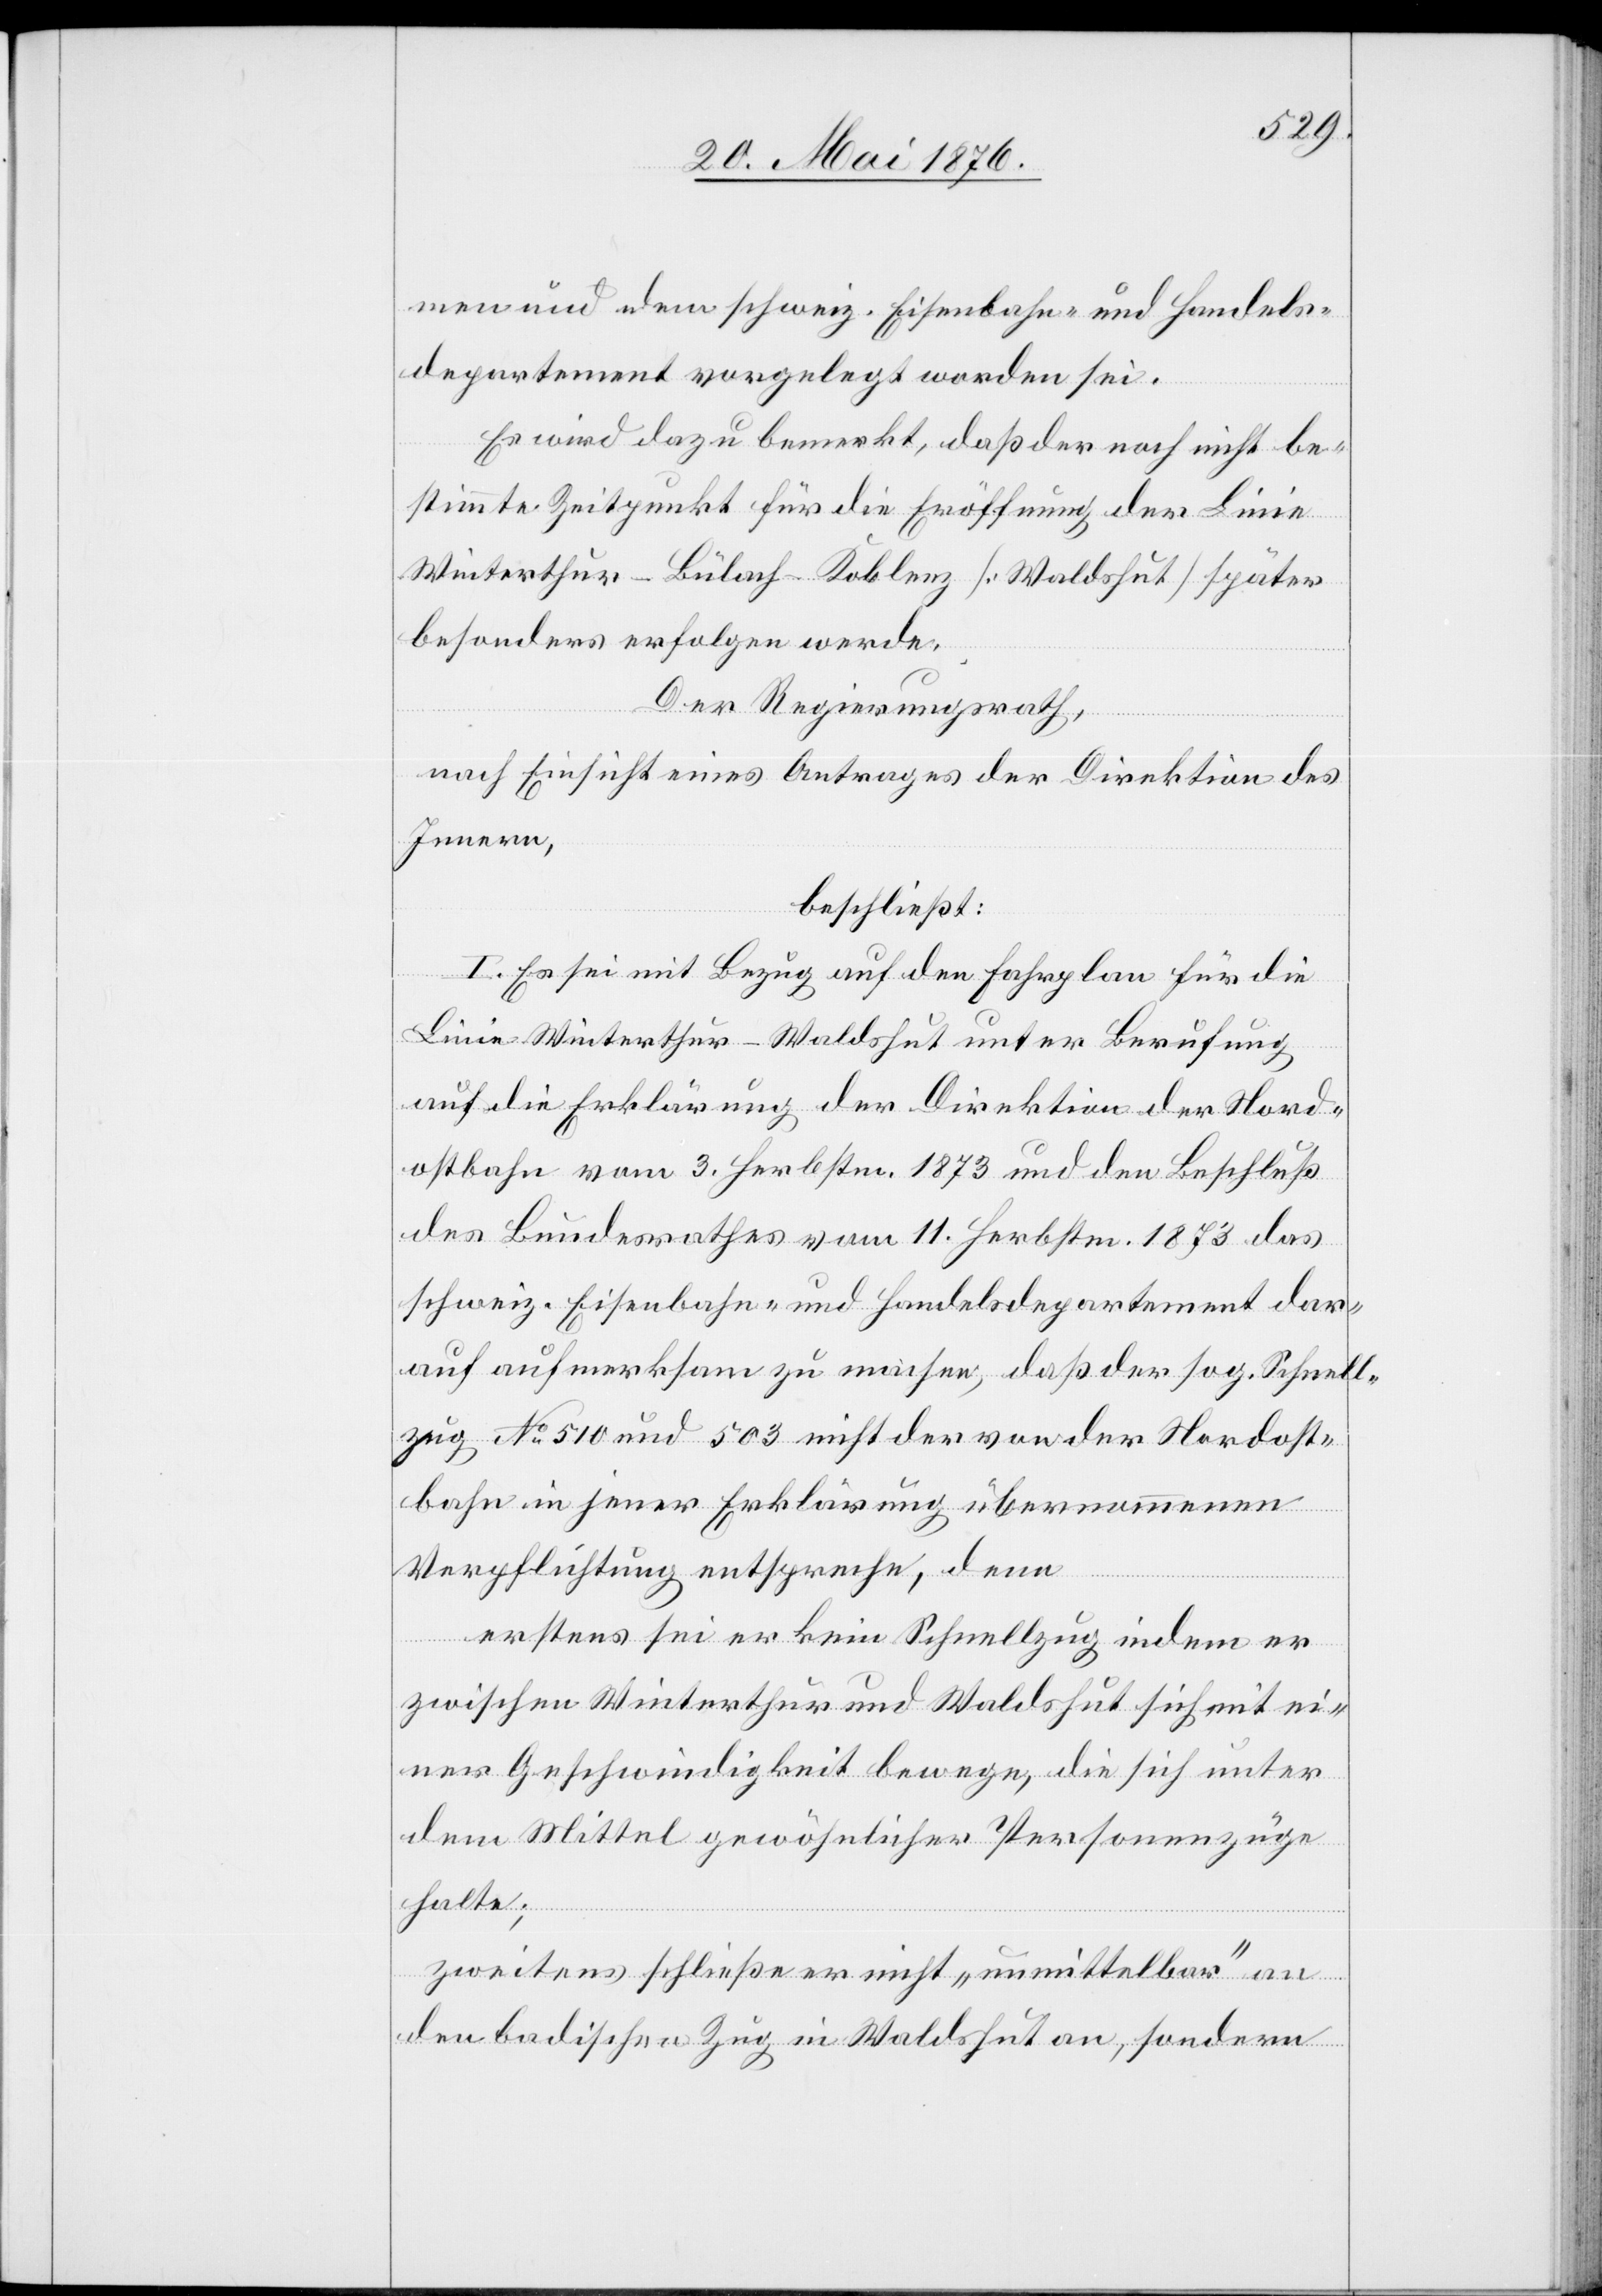
men und dem schweiz. Eisenbahn- und Handels¬
departement vorgelegt worden sei.
Es wird dazu bemerkt, daß der noch nicht be¬
stimmte Zeitpunkt für die Eröffnung der Linie
Winterthur–Bülach–Koblenz [Waldshut] später
besonders erfolgen werde.
Nor¬
Der Regierungsrath,
nach Einsicht eines Antrages der Direktion des
Innern
beschließt:
I. Es sei mit Bezug auf den Fahrplan für die
Linie Winterthur–Waldshut unter Berufung
dostbahn vom 3. Herbstm. 1873 und den Beschluß
des Bundesrathes vom 11. Herbstm. 1873 das
schweiz. Eisenbahn- und Handelsdepartement dar¬
auf aufmerksam zu machen, daß der sog. Schnell¬
zug No 510 und 503 nicht der von der Nordost¬
bahn in jener Erklärung übernommenen
Verpflichtung entspreche, denn
erstens sei er kein Schnellzug indem er
zwischen Winterthur und Waldshut sich mit ei¬
ner Geschwindigkeit bewege, die sich unter
dem Mittel gewöhnlicher Personenzüge
halte;
zweitens schließe er nicht „unmittelbar“ an
den badischen Zug in Waldshut an, sondern